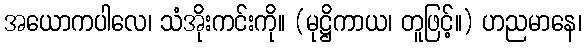
အယောကပါလေ၊ သံအိုးကင်းကို။ (မုဋ္ဌိကာယ၊ တူဖြင့်။) ဟညမာနေ၊